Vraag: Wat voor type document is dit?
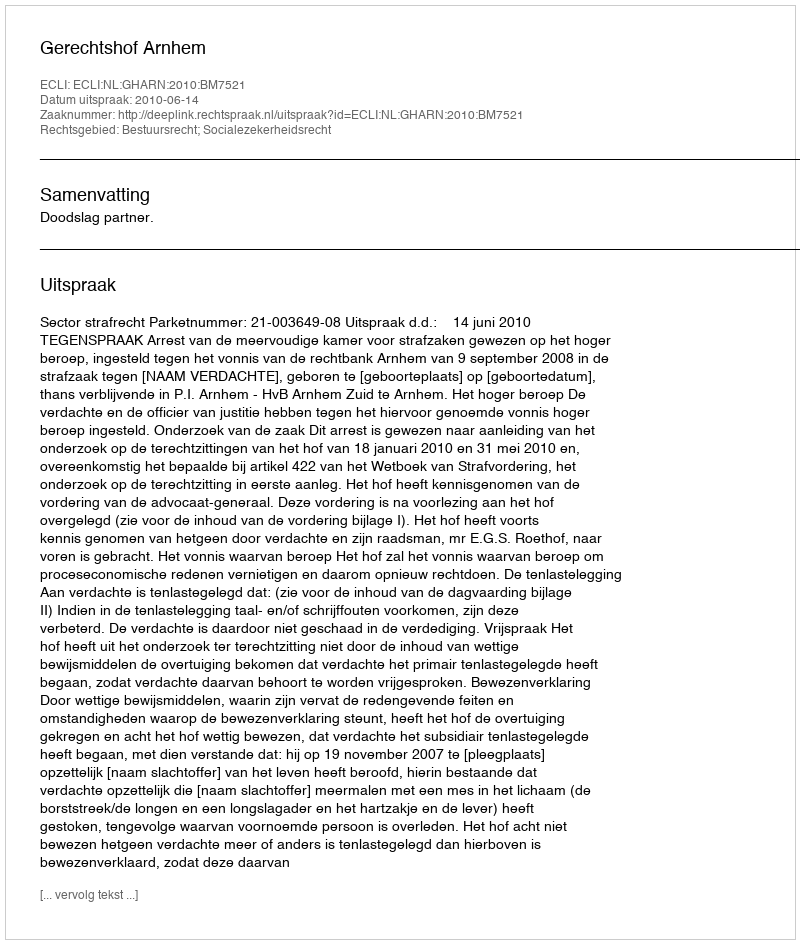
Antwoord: Uitspraak